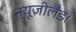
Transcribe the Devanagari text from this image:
न्यूज़ीलैंड।